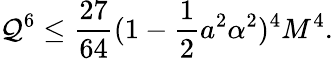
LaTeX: {\mathcal{Q}}^{6}\leq\frac{{27}}{{64}}(1-\frac{1}{2}a^{2}\alpha^{2})^{4}M^{4}.